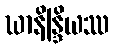
ဃာနိန္ဒြိယဿ